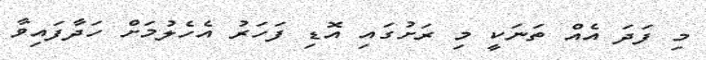
މި ފަދަ އެއް ތަނަކީ މި ރަށުގައި އޮޑި ފަހަރު އެހެލުމަށް ހަދާފައިވާ